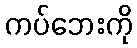
ကပ်ဘေးကို